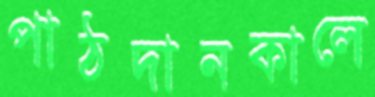
পাঠদানকালে